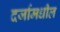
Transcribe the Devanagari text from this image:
दर्जामधील